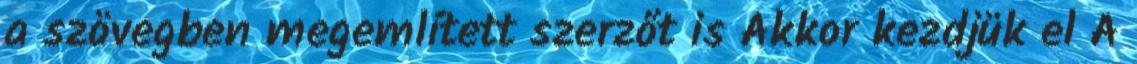
a szövegben megemlített szerzőt is Akkor kezdjük el A